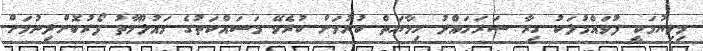
މިލިޔުމަކީ ފުވައްމުލަކު ގިރާ ސަރަހައްދު ހިމާޔަތް ކުރުމަށް ކުރެވޭ މަސައްކަތުގެ މައުލޫމާތު ފޯރުކޮށްދިނުމަށް